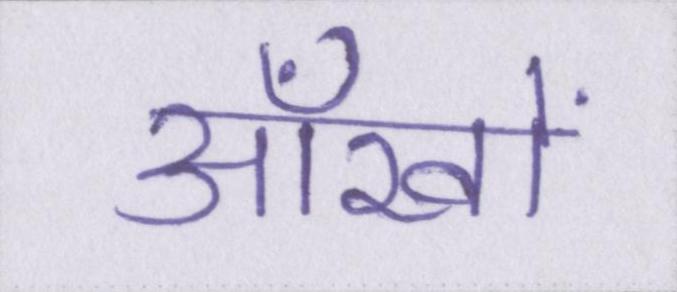
आँखों